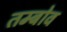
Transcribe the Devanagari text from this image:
तम्बोव